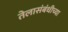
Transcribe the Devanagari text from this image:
तेलासंबंधीच्या